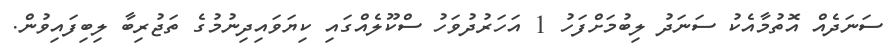
ސަނަދެއް އޮތުމާއެކު ސަނަދު ލިބުމަށްފަހު 1 އަހަރުދުވަހު ސްކޫލެއްގައި ކިޔަވައިދިނުމުގެ ތަޖުރިބާ ލިބިފައިވުން.